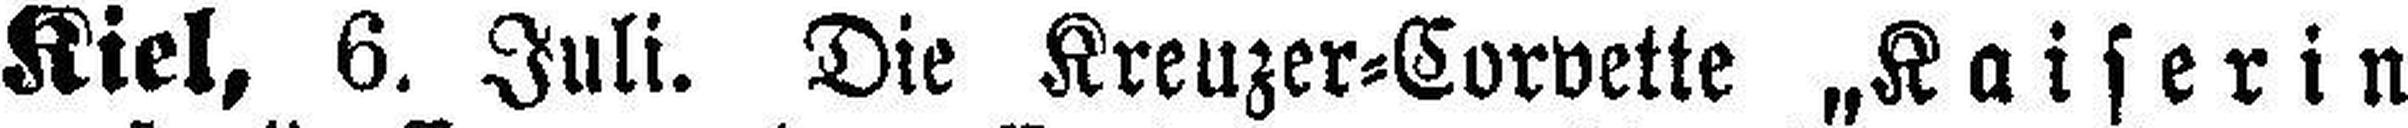
Kiel, 6. Juli. Die Kreuzer=Corvette „Kaiserin